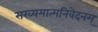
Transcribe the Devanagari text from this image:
सख्यमात्मनिवेदनम्